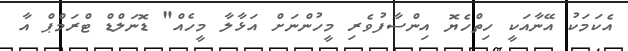
އެކަމަކު އޭނާއަކީ ހިތްހެޔޮ އިންސާފުވެރި މީހުންނަށް އަޅާލާ މީހެއް" ޑޮނަލްޑް ޓްރަމްޕް އާ